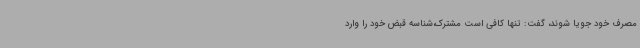
مصرف خود جویا شوند، گفت: تنها کافی است مشترک،شناسه قبض خود را وارد